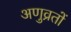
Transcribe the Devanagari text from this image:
अणुव्रतों